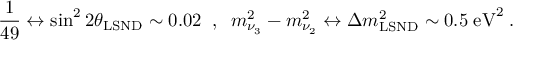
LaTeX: \frac { 1 } { 4 9 } \leftrightarrow \sin ^ { 2 } 2 \theta _ { \mathrm { L S N D } } \sim 0 . 0 2 \; \; , \; \; m _ { \nu _ { 3 } } ^ { 2 } - m _ { \nu _ { 2 } } ^ { 2 } \leftrightarrow \Delta m _ { \mathrm { L S N D } } ^ { 2 } \sim 0 . 5 \; \mathrm { e V } ^ { 2 } \; .